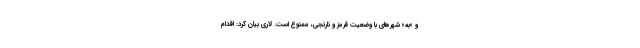
و «به» شهرهای با وضعیت قرمز و نارنجی، ممنوع است. لاری بیان کرد: اقدام